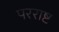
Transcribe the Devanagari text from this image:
परराष्ट